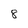
Character: 8